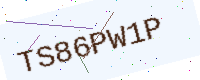
Text: TS86PW1P